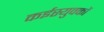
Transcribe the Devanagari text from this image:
कईस्युवकों